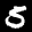
Label: 5